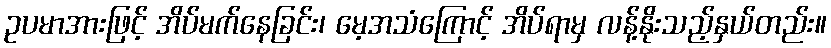
ဥပမာအားဖြင့် အိပ်မက်နေခြင်း၊ မေ့အသံကြောင့် အိပ်ရာမှ လန့်နိုးသည့်နှယ်တည်း။